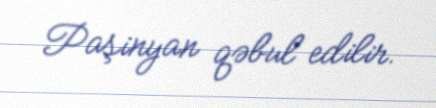
Paşinyan qəbul edilir.